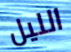
الليل